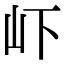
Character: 𭖄